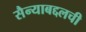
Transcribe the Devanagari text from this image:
सैन्याबद्दलची